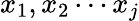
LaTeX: x_{1},x_{2}\cdots x_{j}